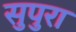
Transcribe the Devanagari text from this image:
सुपुरा